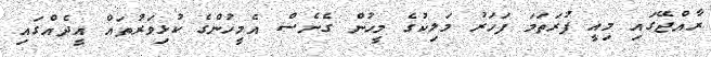
ރާއްޖޭގައި މިއީ ފުރަތަމަ ފަހަރު މަލިކުގެ މީހުން ގެނެސް އެމީހުންގެ ކުޅިވަރުތައް އީދެއްގައި